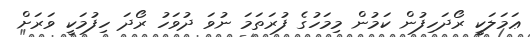
ޢަމަލަކީ ރޯދަހިފުން ކަމުން މިމަހުގެ ފުރަތަމަ ނުވަ ދުވަހު ރޯދަ ހިފުމަކީ ވަރަށް